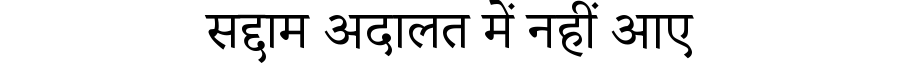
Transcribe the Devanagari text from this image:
सद्दाम अदालत में नहीं आए